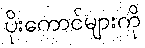
ပိုးကောင်များကို